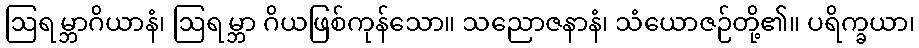
ဩရမ္ဘာဂိယာနံ၊ ဩရမ္ဘာ ဂိယဖြစ်ကုန်သော။ သညောဇနာနံ၊ သံယောဇဉ်တို့၏။ ပရိက္ခယာ၊